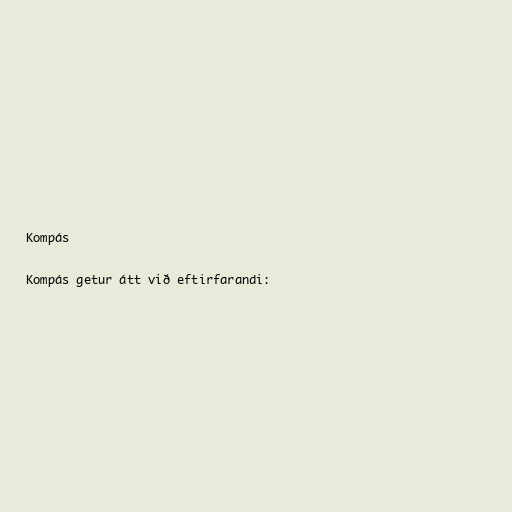
Kompás

Kompás getur átt við eftirfarandi: